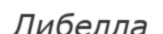
Либелла